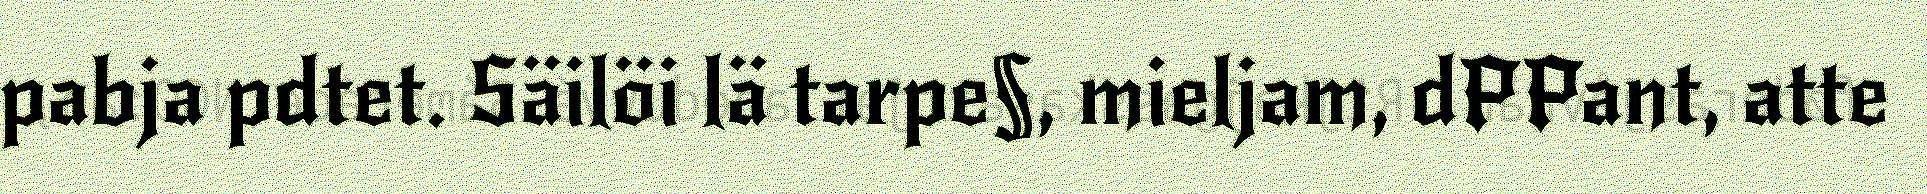
pabja pdtet. Säilöi lä tarpe§, mieljam, dPPant, atte